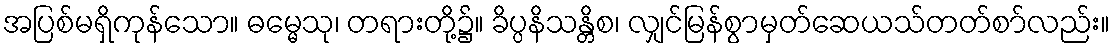
အပြစ်မရှိကုန်သော။ ဓမ္မေသု၊ တရားတို့၌။ ခိပ္ပနိသန္တိစ၊ လျှင်မြန်စွာမှတ်ဆေယသ်တတ်စာ်လည်း။